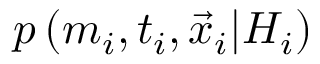
p \left( m _ { i } , t _ { i } , \vec { x } _ { i } \vert { \cal H } _ { i } \right)